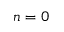
n = 0